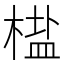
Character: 𬃳